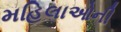
મહિલાઓની